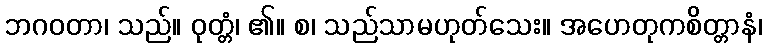
ဘဂဝတာ၊ သည်။ ဝုတ္တံ၊ ၏။ စ၊ သည်သာမဟုတ်သေး။ အဟေတုကစိတ္တာနံ၊